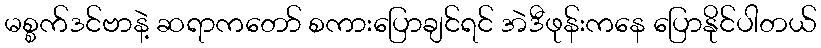
မစ္စက်ဒင်ဗာနဲ့ ဆရာကတော် စကားပြောချင်ရင် အဲဒီဖုန်းကနေ ပြောနိုင်ပါတယ်